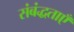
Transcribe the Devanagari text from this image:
संबंद्धताएँ